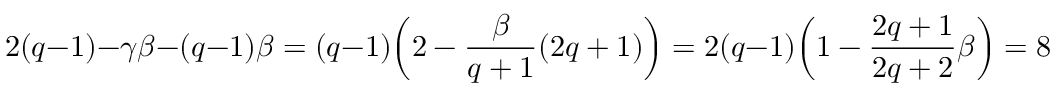
2 ( q - 1 ) - \gamma \beta - ( q - 1 ) \beta = ( q - 1 ) \mathopen { } \mathclose \bgroup \left( 2 - \frac { \beta } { q + 1 } \mathopen { } \mathclose \bgroup \left( 2 q + 1 \aftergroup \egroup \right) \aftergroup \egroup \right) = 2 ( q - 1 ) \mathopen { } \mathclose \bgroup \left( 1 - \frac { 2 q + 1 } { 2 q + 2 } \beta \aftergroup \egroup \right) = 8 \delta \, .